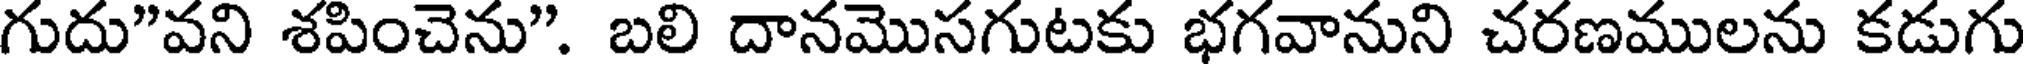
గుదు"వని శపించెను". బలి దానమొసగుటకు భగవానుని చరణములను కడుగు